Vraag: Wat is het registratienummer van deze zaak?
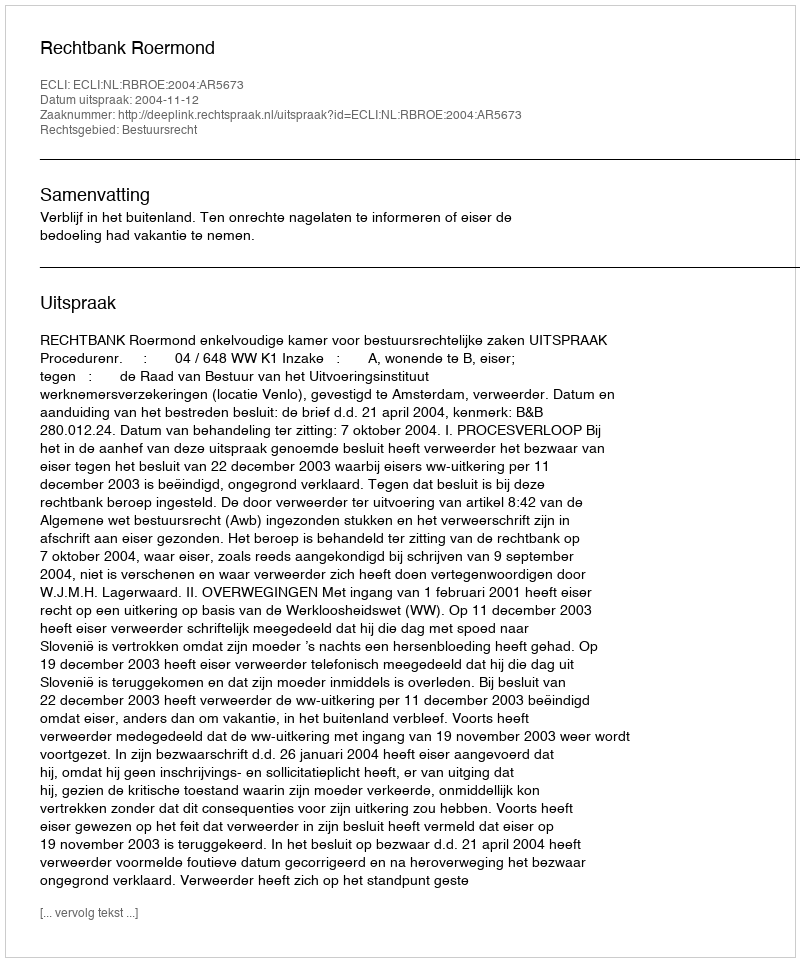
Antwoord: http://deeplink.rechtspraak.nl/uitspraak?id=ECLI:NL:RBROE:2004:AR5673